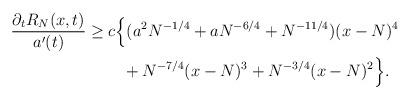
LaTeX: \begin{align*}\frac{\partial_t R_N(x,t)}{a'(t)}\ge&\; c\Big\{ (a^2N^{-1/4}+aN^{-6/4}+N^{-11/4})(x-N)^4\\&\;\;\;\;+ N^{-7/4}(x-N)^3+N^{-3/4}(x-N)^2\Big\}.\end{align*}